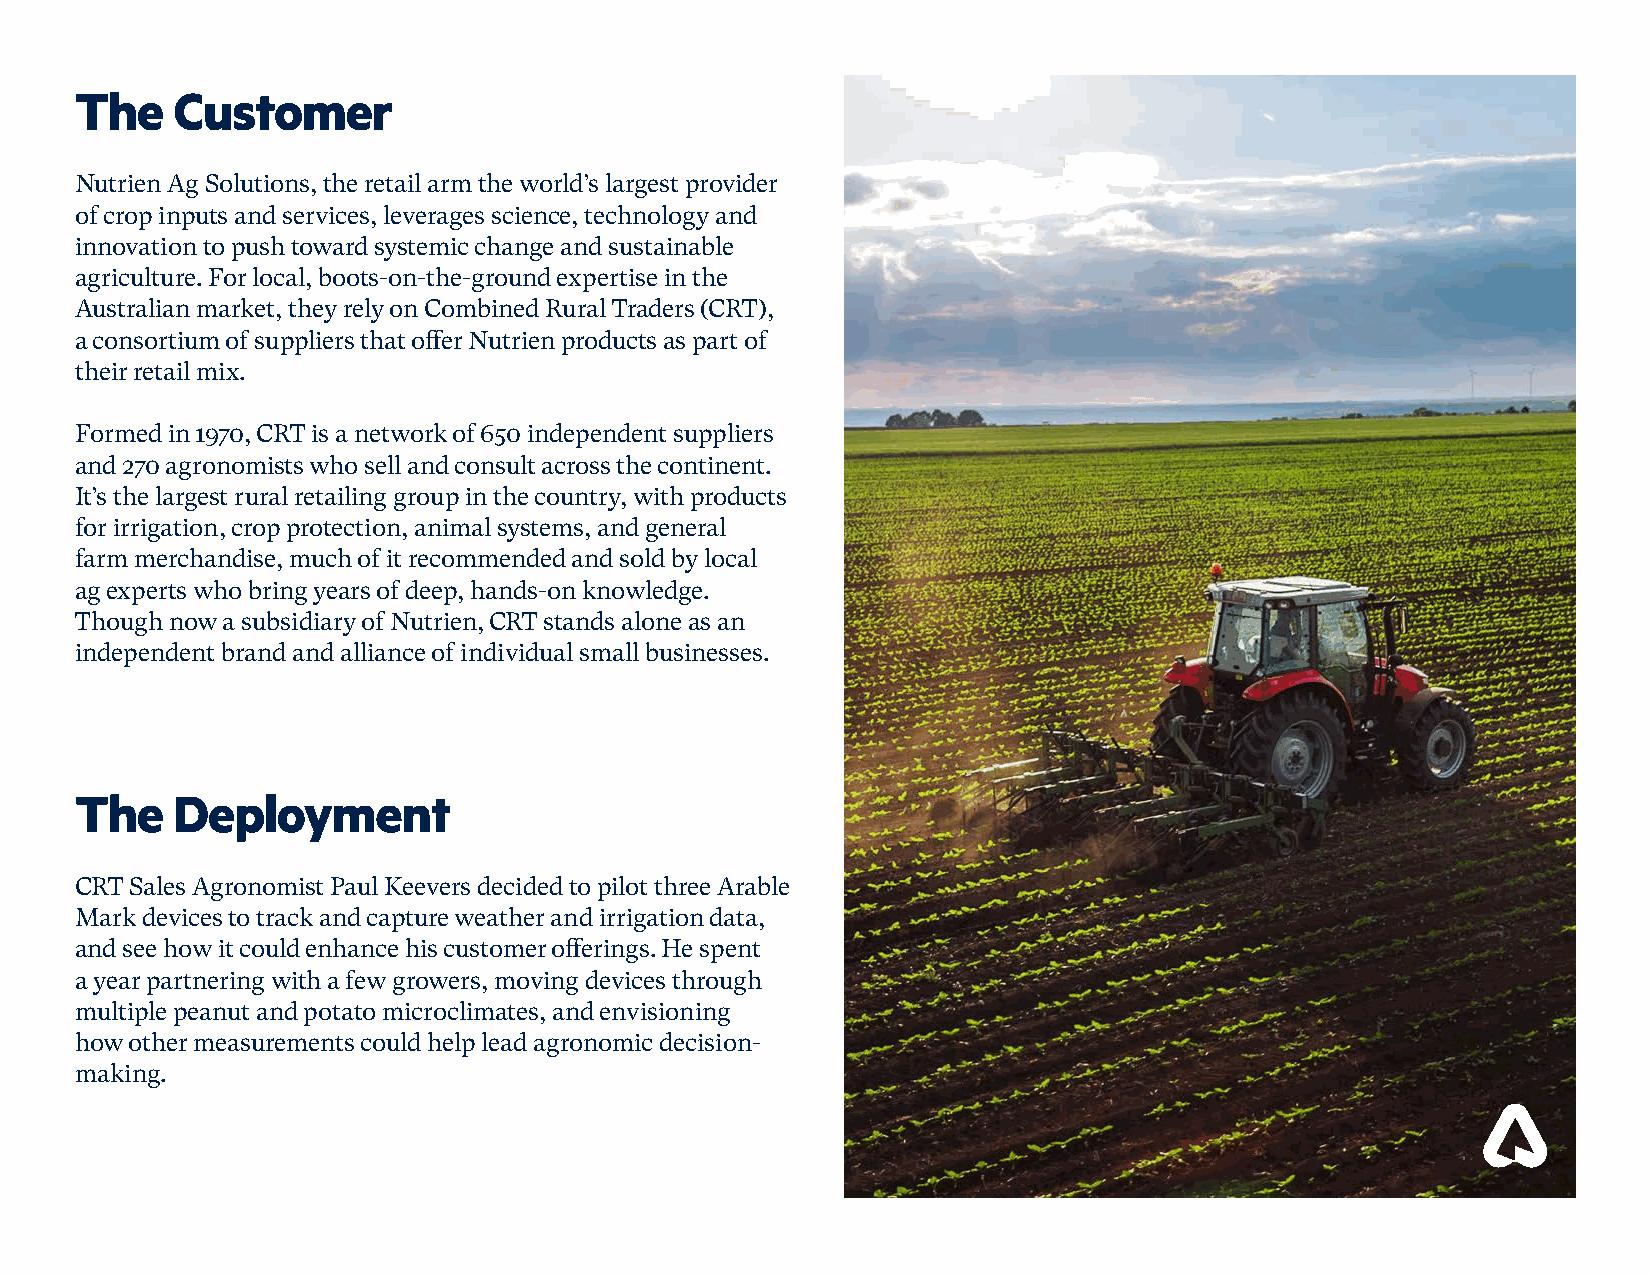
The   Customer
 Nutrien Ag Solutions, the retail arm the world’s largest provider
 of crop inputs and services, leverages science, technology and
 innovation to push toward systemic change and sustainable
 agriculture. For local, boots-on-the-ground expertise in the
 Australian market, they rely on Combined Rural Traders (CRT),
 a consortium of suppliers that offer Nutrien products as part of
 their retail mix.
 Formed in 1970, CRT is a network of 650 independent suppliers
 and 270 agronomists who sell and consult across the continent.
 It’s the largest rural retailing group in the country, with products
 for irrigation, crop protection, animal systems, and general
 farm merchandise, much of it recommended and sold by local
 ag experts who bring years of deep, hands-on knowledge.
 Though now a subsidiary of Nutrien, CRT stands alone as an
 independent brand and alliance of individual small businesses.
 The   Deployment
 CRT Sales Agronomist Paul Keevers decided to pilot three Arable
 Mark devices to track and capture weather and irrigation data,
 and see how it could enhance his customer offerings. He spent
 a year partnering with a few growers, moving devices through
 multiple peanut and potato microclimates, and envisioning
 how other measurements could help lead agronomic decision-
 making.